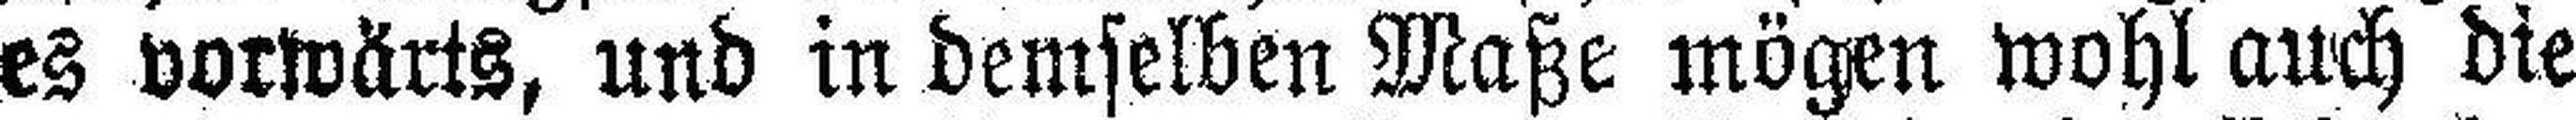
es vorwärts, und in demselben Maße mögen wohl auch die